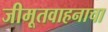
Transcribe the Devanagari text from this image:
जीमूतवाहनाचा